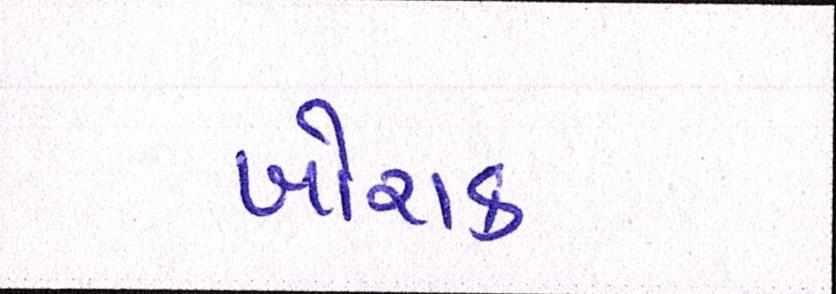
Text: ખોરાક